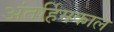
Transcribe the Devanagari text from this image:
अंतर्हिमकाल